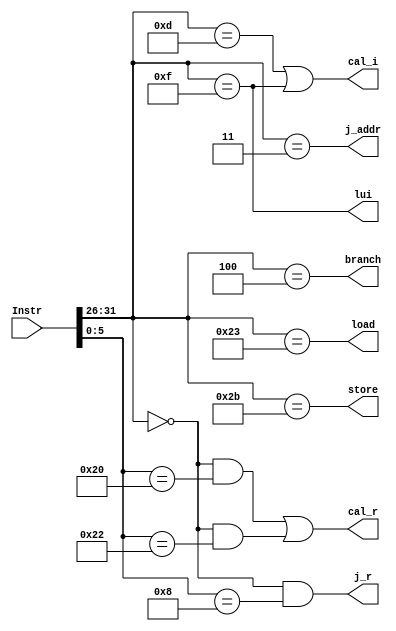
`timescale 1ns / 1ps

`define Op 31:26
`define Rs 25:21
`define Rt 20:16
`define Rd 15:11
`define func 5:0
`define Imm16 15:0
`define Addr26 25:0

`define R 6'b000000
`define ADD 6'b100000
`define SUB 6'b100010
`define JR 6'b001000
`define NOP 6'b000000

`define ORI 6'b001101
`define LW 6'b100011
`define SW 6'b101011
`define BEQ 6'b000100
`define LUI 6'b001111
`define JAL 6'b000011

module G_ClassifyUnit(
    input [31:0] Instr,
    output load,
    output store,
    output cal_r,
    output cal_i,
    output branch,  // beq
    output lui,
    output j_r,     // jr,  
    output j_addr   // jal
);
    wire [5:0] op = Instr[`Op];
    wire [5:0] func = Instr[`func];

    /// cal_r
    wire add = (op == `R && func == `ADD);
    wire sub = (op == `R && func == `SUB);

    /// cal_i
    wire ori = (op == `ORI);

    /// lui
    assign lui = (op == `LUI);

    /// load
    wire lw = (op == `LW);

    /// store
    wire sw = (op == `SW);

    /// branch
    wire beq = (op == `BEQ);

    /// j_r
    wire jr = (op == `R && func == `JR);

    /// j_addr
    wire jal = (op == `JAL);


    assign cal_r = add | sub;
    assign cal_i = ori | lui;
    assign load = lw;
    assign store = sw;
    assign branch = beq;
    assign j_r = jr;
    assign j_addr = jal;

endmodule //ClassifyUnit